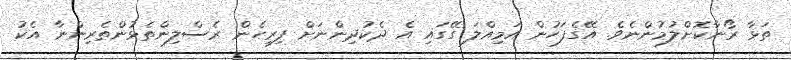
ތަޅާ ރޯނާކޮށްލުމުންނެވެ. އޭގެފަހުން އަމިއްލަ ގޭގައި އެ ދެކުދިންނަށް ފިރިހެން ރެސްލިންތެޅުންތެރިންނާ އެކު